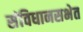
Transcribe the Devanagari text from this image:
संविधानसभेत